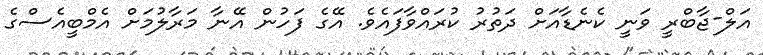
އަލް-ޖާބްރީ ވަނީ ކެނެޑާއަށް ދަތުރު ކުރައްވާފައެވެ. އޭގެ ފަހުން އޭނާ މަރާލުމަށް އެމްބީއެސްގެ